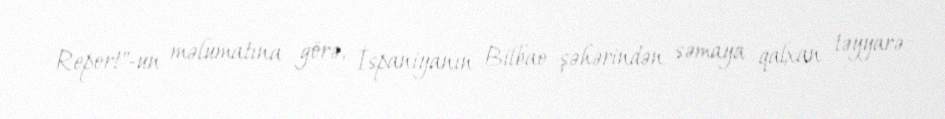
Report"-un məlumatına görə, İspaniyanın Bilbao şəhərindən səmaya qalxan təyyarə